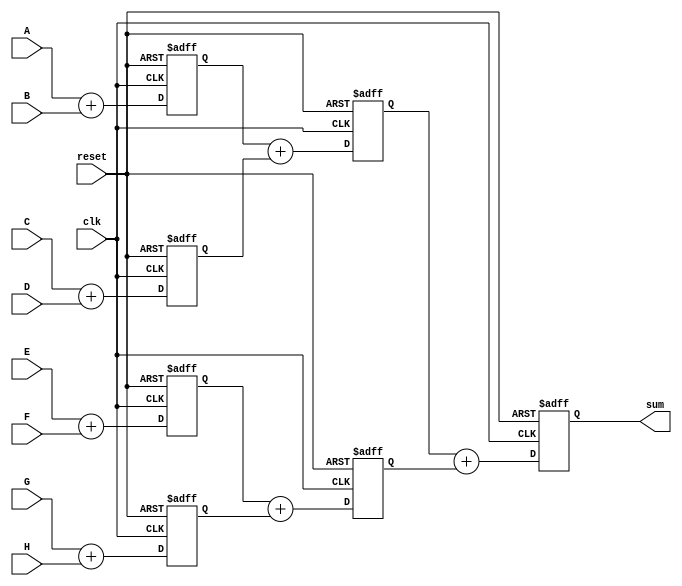
module adder_pipeline
( input wire clk, reset,
  input wire [7:0] A,B,C,D,E,F,G,H,
  output wire [10:0] sum);
  
reg [8:0] s1_reg,s1_next,s2_reg,s2_next,s3_reg,s3_next,s4_reg,s4_next;
reg [9:0] s5_reg,s5_next,s6_reg,s6_next;
reg [10:0] f1_reg,f1_next;


always@ (posedge clk,posedge reset)
if(reset)
 begin

s1_reg<=0;
s2_reg<=0;
s3_reg<=0;
s4_reg<=0;
s5_reg<=0;
s6_reg<=0;
f1_reg<=0;


end
else begin

s1_reg<=s1_next;
s2_reg<=s2_next;
s3_reg<=s3_next;
s4_reg<=s4_next;
s5_reg<=s5_next;
s6_reg<=s6_next;
f1_reg<=f1_next;



end



always@*
begin
s1_next = s1_reg;
s2_next = s2_reg;
s3_next = s3_reg;
s4_next = s4_reg;
s5_next = s5_reg;
s6_next = s6_reg;
f1_next = f1_reg;
s1_next = A+B;
s2_next = C+D;
s3_next = E+F;
s4_next = G+H;
s5_next = s1_reg + s2_reg;
s6_next = s3_reg + s4_reg;
f1_next = s5_reg + s6_reg;
end

assign sum = f1_reg;

endmodule